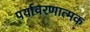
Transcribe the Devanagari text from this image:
पर्यावरणात्‍मक